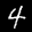
Label: 4